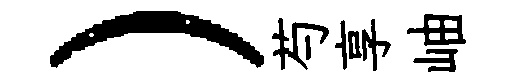
）芍享岫